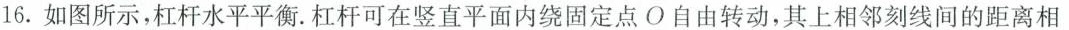
16.如图所示，杠杆水平平衡。杠杆可在竖直平面内绕固定点O自由转动，其上相邻刻线间的距离相